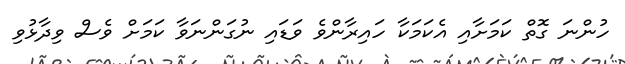
ހުންނަ ގޮތް ކަމަށާއި އެކަމަކާ ހައިރާންވެ ވަޑައި ނުގަންނަވާ ކަމަށް ވެސް ވިދާޅުވި